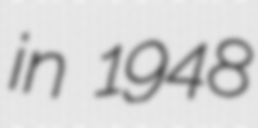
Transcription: in 1948